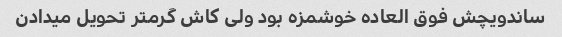
ساندویچش فوق العاده خوشمزه بود ولی کاش گرمتر تحویل میدادن